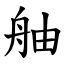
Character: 舳